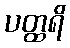
ပတ္ထရိ